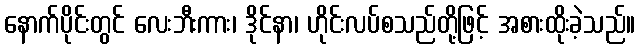
နောက်ပိုင်းတွင် လေးဘီးကား၊ ဒိုင်နာ၊ ဟိုင်းလပ်စသည်တို့ဖြင့် အစားထိုးခဲ့သည်။